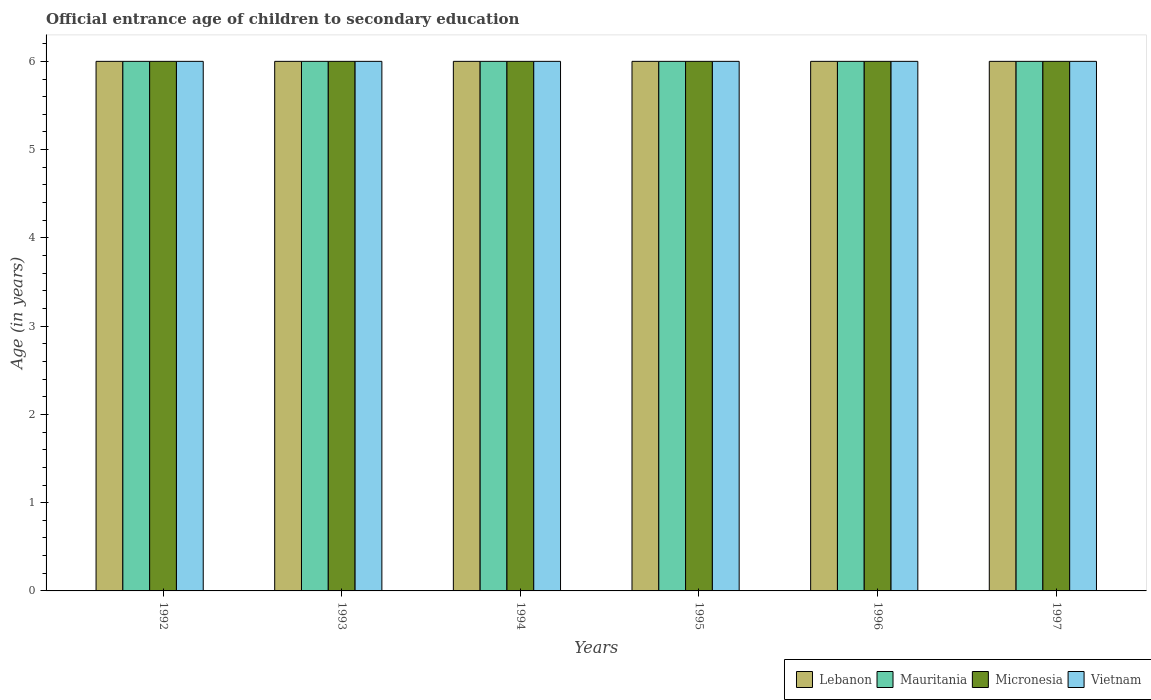
| Years | Lebanon | Mauritania | Micronesia | Vietnam |
 | --- | --- | --- | --- | --- |
 | 1992 | 6 | 6 | 6 | 6 |
 | 1993 | 6 | 6 | 6 | 6 |
 | 1994 | 6 | 6 | 6 | 6 |
 | 1995 | 6 | 6 | 6 | 6 |
 | 1996 | 6 | 6 | 6 | 6 |
 | 1997 | 6 | 6 | 6 | 6 |